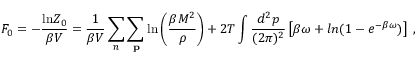
{ \cal F } _ { 0 } = - \frac { \mathrm { l n } Z _ { 0 } } { \beta V } = \frac { 1 } { \beta V } \sum _ { n } \sum _ { \bf p } \mathrm { l n } \left( \frac { \beta M ^ { 2 } } { \rho } \right) + 2 T \int \frac { d ^ { 2 } p } { ( 2 \pi ) ^ { 2 } } \left[ \beta \omega + l n ( 1 - e ^ { - \beta \omega } ) \right] \; ,